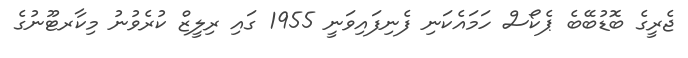
ޖެރީގެ ބޮޑުބޭބެ ޕެކޯސް ހަމައެކަނި ފެނިފައިވަނީ 1955 ގައި ރިލީޒް ކުރެވުނު މިކާރޓޫނުގެ